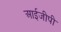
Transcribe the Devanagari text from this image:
आईजीपी